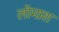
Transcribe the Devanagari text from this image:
लोमाश